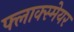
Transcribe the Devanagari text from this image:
फ्लाक्स्मेयर